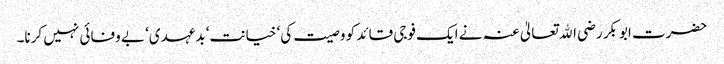
حضرت ابوبکر رضی اﷲ تعالیٰ عنہ نے ایک فوجی قائد کو وصیت کی‘ خیانت‘ بدعہدی‘ بے وفائی نہیں کرنا۔